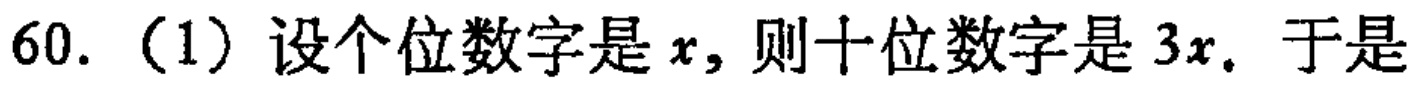
60.（1）设个位数字是\(x\)，则十位数字是\(3x\). 于是